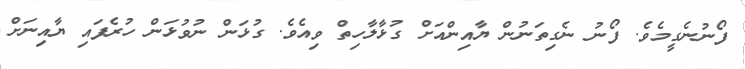
ފޯނުނެގީމެވެ. ފޯނު ނެގިތަނުން ޔާއިންއަށް ގުޅާލާހިތް ވިއެވެ. ގުޅަން ނުވުޅަން ހުރެފައި ޔާއިނަށް